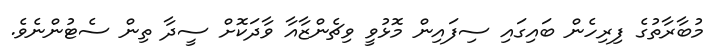
މުބާރާތުގެ ފިރިހެން ބައިގައި ސިފައިން މޮޅުވީ ވިޗެންޒާއާ ވާދަކޮށް ސީދާ ތިން ސެޓުންނެވެ.